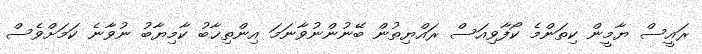
ރައީސް ޔާމީން ކިތަންމެ ކޯފާވިއަސް ރައްޔިތުން ބޭނުންނުވާނަމަ އިންތިޚާބު ކާމިޔާބު ނުވާނެ ކަމަށްވެސް